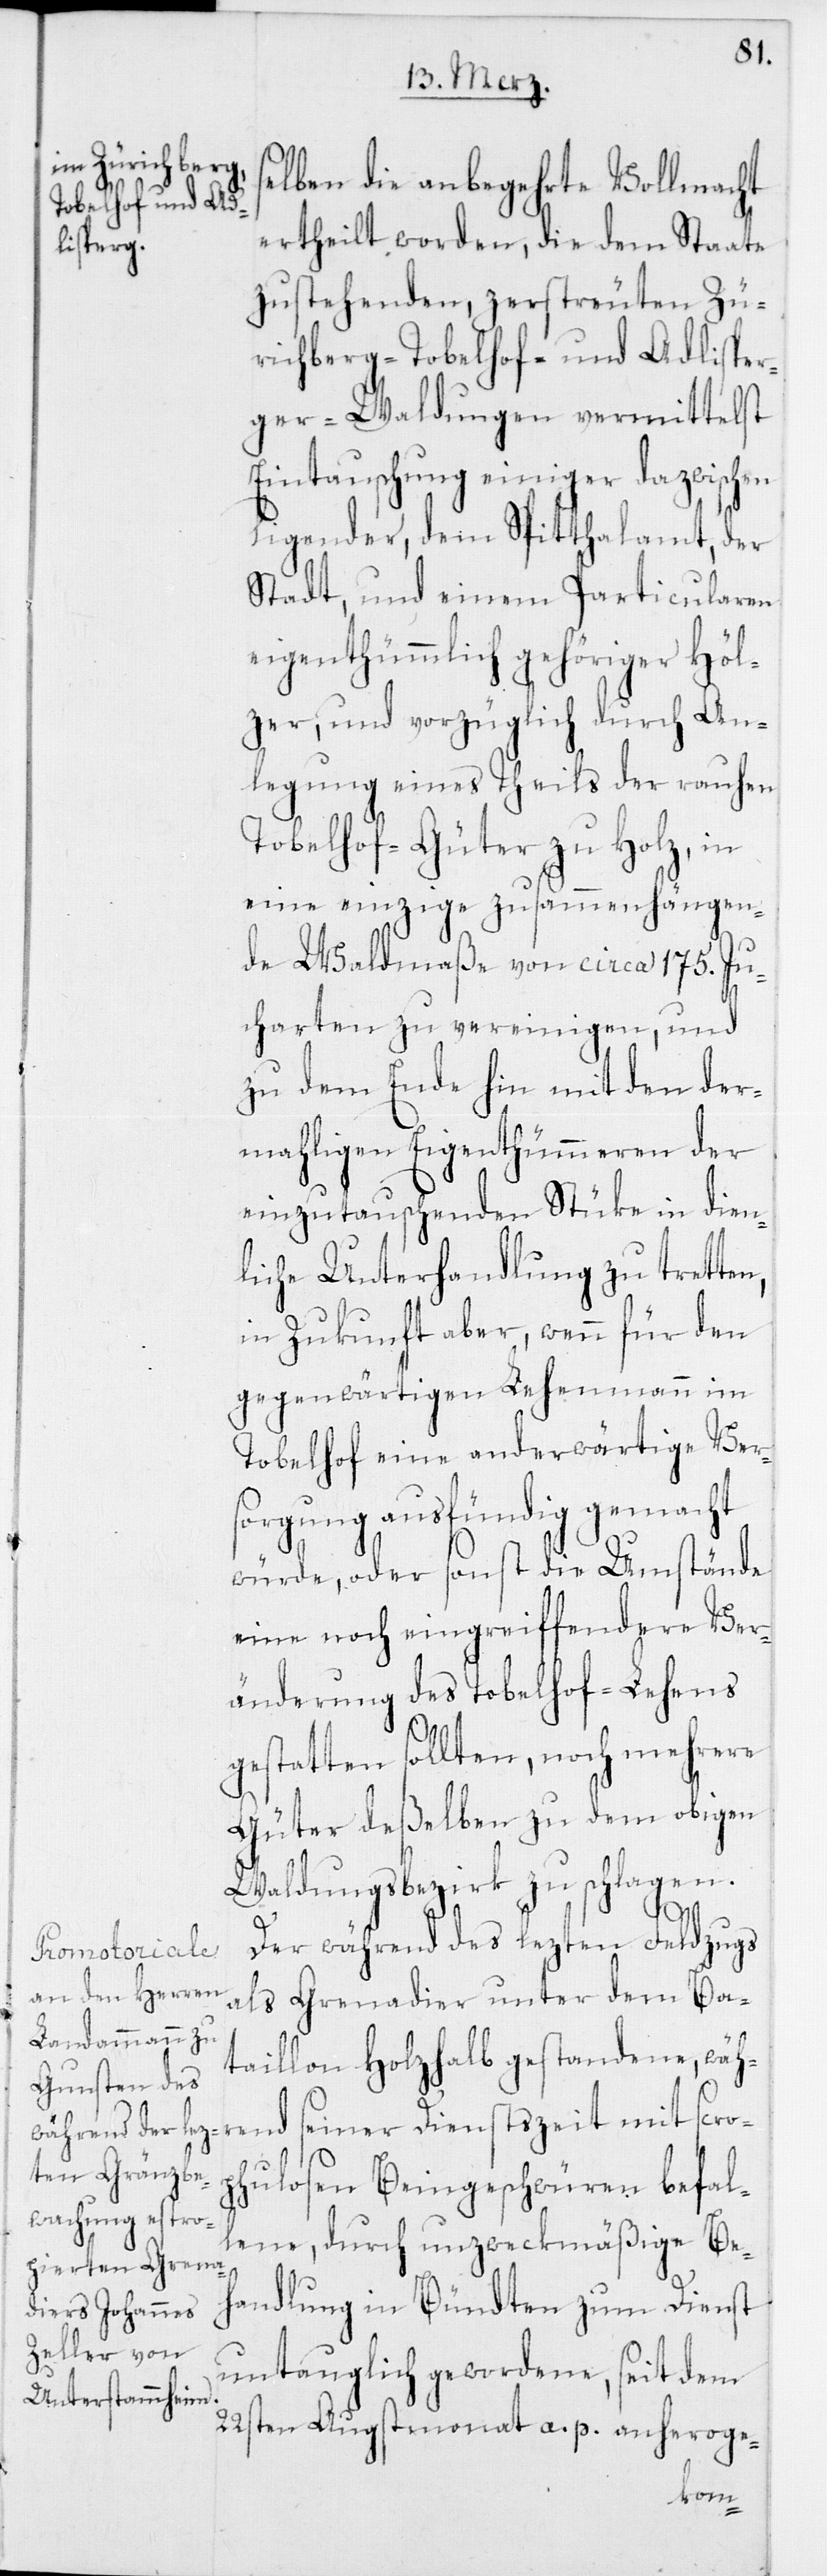
selben die anbegehrte Vollmacht
ertheilt worden, die dem Staate
zustehenden, zerstreuten Zü¬
richberg[,] Tobelhof- und Adlisper¬
ger-Waldungen vermittelst
Eintauschung einiger dazwischen
ligender, dem Spitthalamt, der
Stadt, und einem Particularen
eigenthümmlich gehöriger Höl¬
zer, und vorzüglich durch An¬
legung eines Theils der rauhen
Tobelhof-Güter zu Holz, in
eine einzige zusammenhängen¬
de Waldmaße von circa 175.
rend
charten zu vereinigen, und
zu dem Ende hin mit den der¬
maligen Eigenthümmeren der
einzutauschenden Stüke in dien¬
liche Unterhandlung zu trette¬
in Zukunft aber, wenn für den
gegenwärtigen Lehenmann im
Tobelhof eine anderwärtige Ver¬
sorgung ausfündig gemacht
würde, oder sonst die Umstände
eine noch eingreifendere Ver¬
änderung des Tobelhof-Lehens
gestatten sollten, noch mehrere
Güter deßelben zu dem obigen
Waldungsbezirk zu schlagen.
scrop¬
Der während des lezten Feldzugs
als Grenadier unter dem Ba¬
taillon Holzhalb gestandene, wäh¬
hulosen Beingeschwüren befal¬
lene, durch unzweckmäßige Be¬
handlung in Bündten zum Dienst
untauglich gewordene, seit dem
22sten Augstmonat a. p. anheroge-